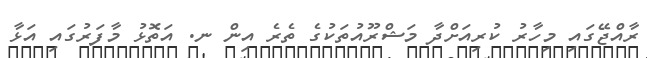
ރާއްޖޭގައި މިހާރު ކުރިއަށްދާ މަޝްރޫއުތަކުގެ ތެރެ އިން ނ. އަތޮޅު މާފަރުގައި އަޅާ